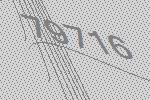
79716